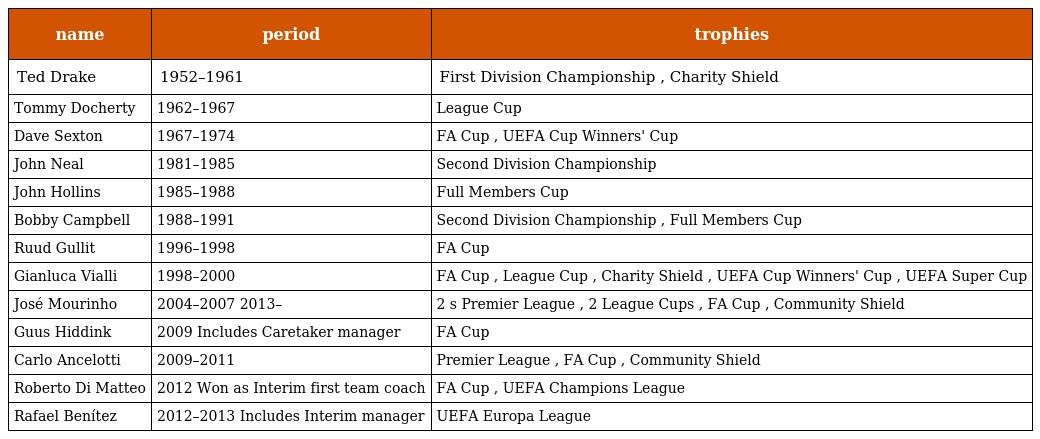
| name | period | trophies |
 | --- | --- | --- |
 | Ted Drake | 1952–1961 | First Division Championship , Charity Shield |
 | Tommy Docherty | 1962–1967 | League Cup |
 | Dave Sexton | 1967–1974 | FA Cup , UEFA Cup Winners' Cup |
 | John Neal | 1981–1985 | Second Division Championship |
 | John Hollins | 1985–1988 | Full Members Cup |
 | Bobby Campbell | 1988–1991 | Second Division Championship , Full Members Cup |
 | Ruud Gullit | 1996–1998 | FA Cup |
 | Gianluca Vialli | 1998–2000 | FA Cup , League Cup , Charity Shield , UEFA Cup Winners' Cup , UEFA Super Cup |
 | José Mourinho | 2004–2007 2013– | 2 s Premier League , 2 League Cups , FA Cup , Community Shield |
 | Guus Hiddink | 2009 Includes Caretaker manager | FA Cup |
 | Carlo Ancelotti | 2009–2011 | Premier League , FA Cup , Community Shield |
 | Roberto Di Matteo | 2012 Won as Interim first team coach | FA Cup , UEFA Champions League |
 | Rafael Benítez | 2012–2013 Includes Interim manager | UEFA Europa League |